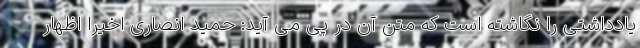
یادداشتی را نگاشته است که متن آن در پی می آید: حمید انصاری اخیرا اظهار